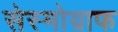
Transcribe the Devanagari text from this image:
सेस्मोग्राफ